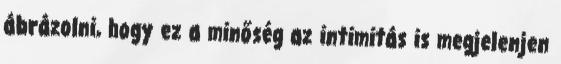
ábrázolni, hogy ez a minőség az intimitás is megjelenjen